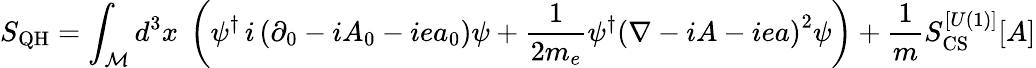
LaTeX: S_{\mathrm{{QH}}}=\int_{\cal M}d^{3}x~\left(\psi^{\dagger}\, i\left(\partial_{0}-iA_{0}-iea_{0}\right)\psi+\frac{1}{2m_{e}}\psi^{\dagger}\left(\nabla-iA-iea\right)^{2}\psi\right)+\frac{1}{m}S_{\mathrm{CS}}^{[U(1)]}[A]